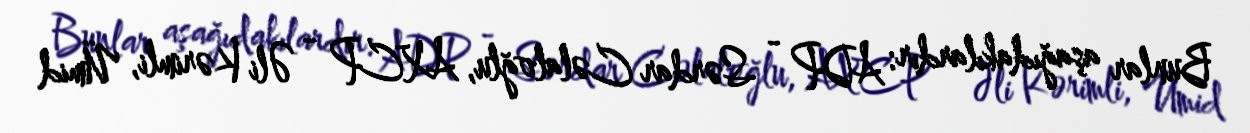
Bunlar aşağıdakılardır: ADP - Sərdar Cəlaloğlu, AXCP - Əli Kərimli, Ümid